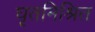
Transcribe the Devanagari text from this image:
घृतमिश्रित